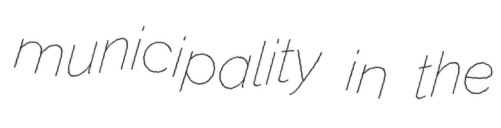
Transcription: municipality in the